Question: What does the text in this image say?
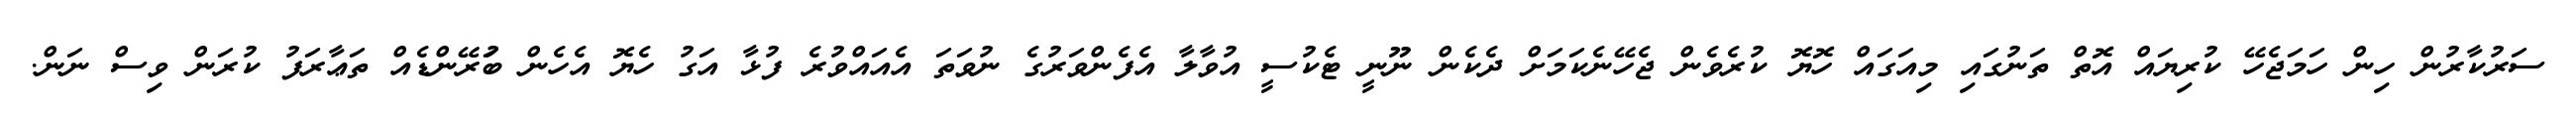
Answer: ސަރުކާރުން ހިން ހަމަޖެހޭ ކުރިޔައް އޮތް ތަނުގައި މިއަގައް ހޮޔޮ ކުރެވެން ޖެހޭނެކަމަށް ދެކެން ނޫނީ ޓެކުސީ އުވާލާ އެފެންވަރުގެ ނުވަތަ އެއައްވުރެ ފުޅާ އަގު ހެޔޮ އެހެން ބުަރޭންޑެއް ތަޢާރަފު ކުރަން ވިސް ނަން.